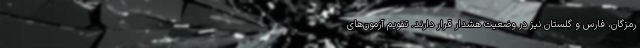
رمزگان، فارس و گلستان نیز در وضعیت هشدار قرار دارند. تقویم آزمون‌های